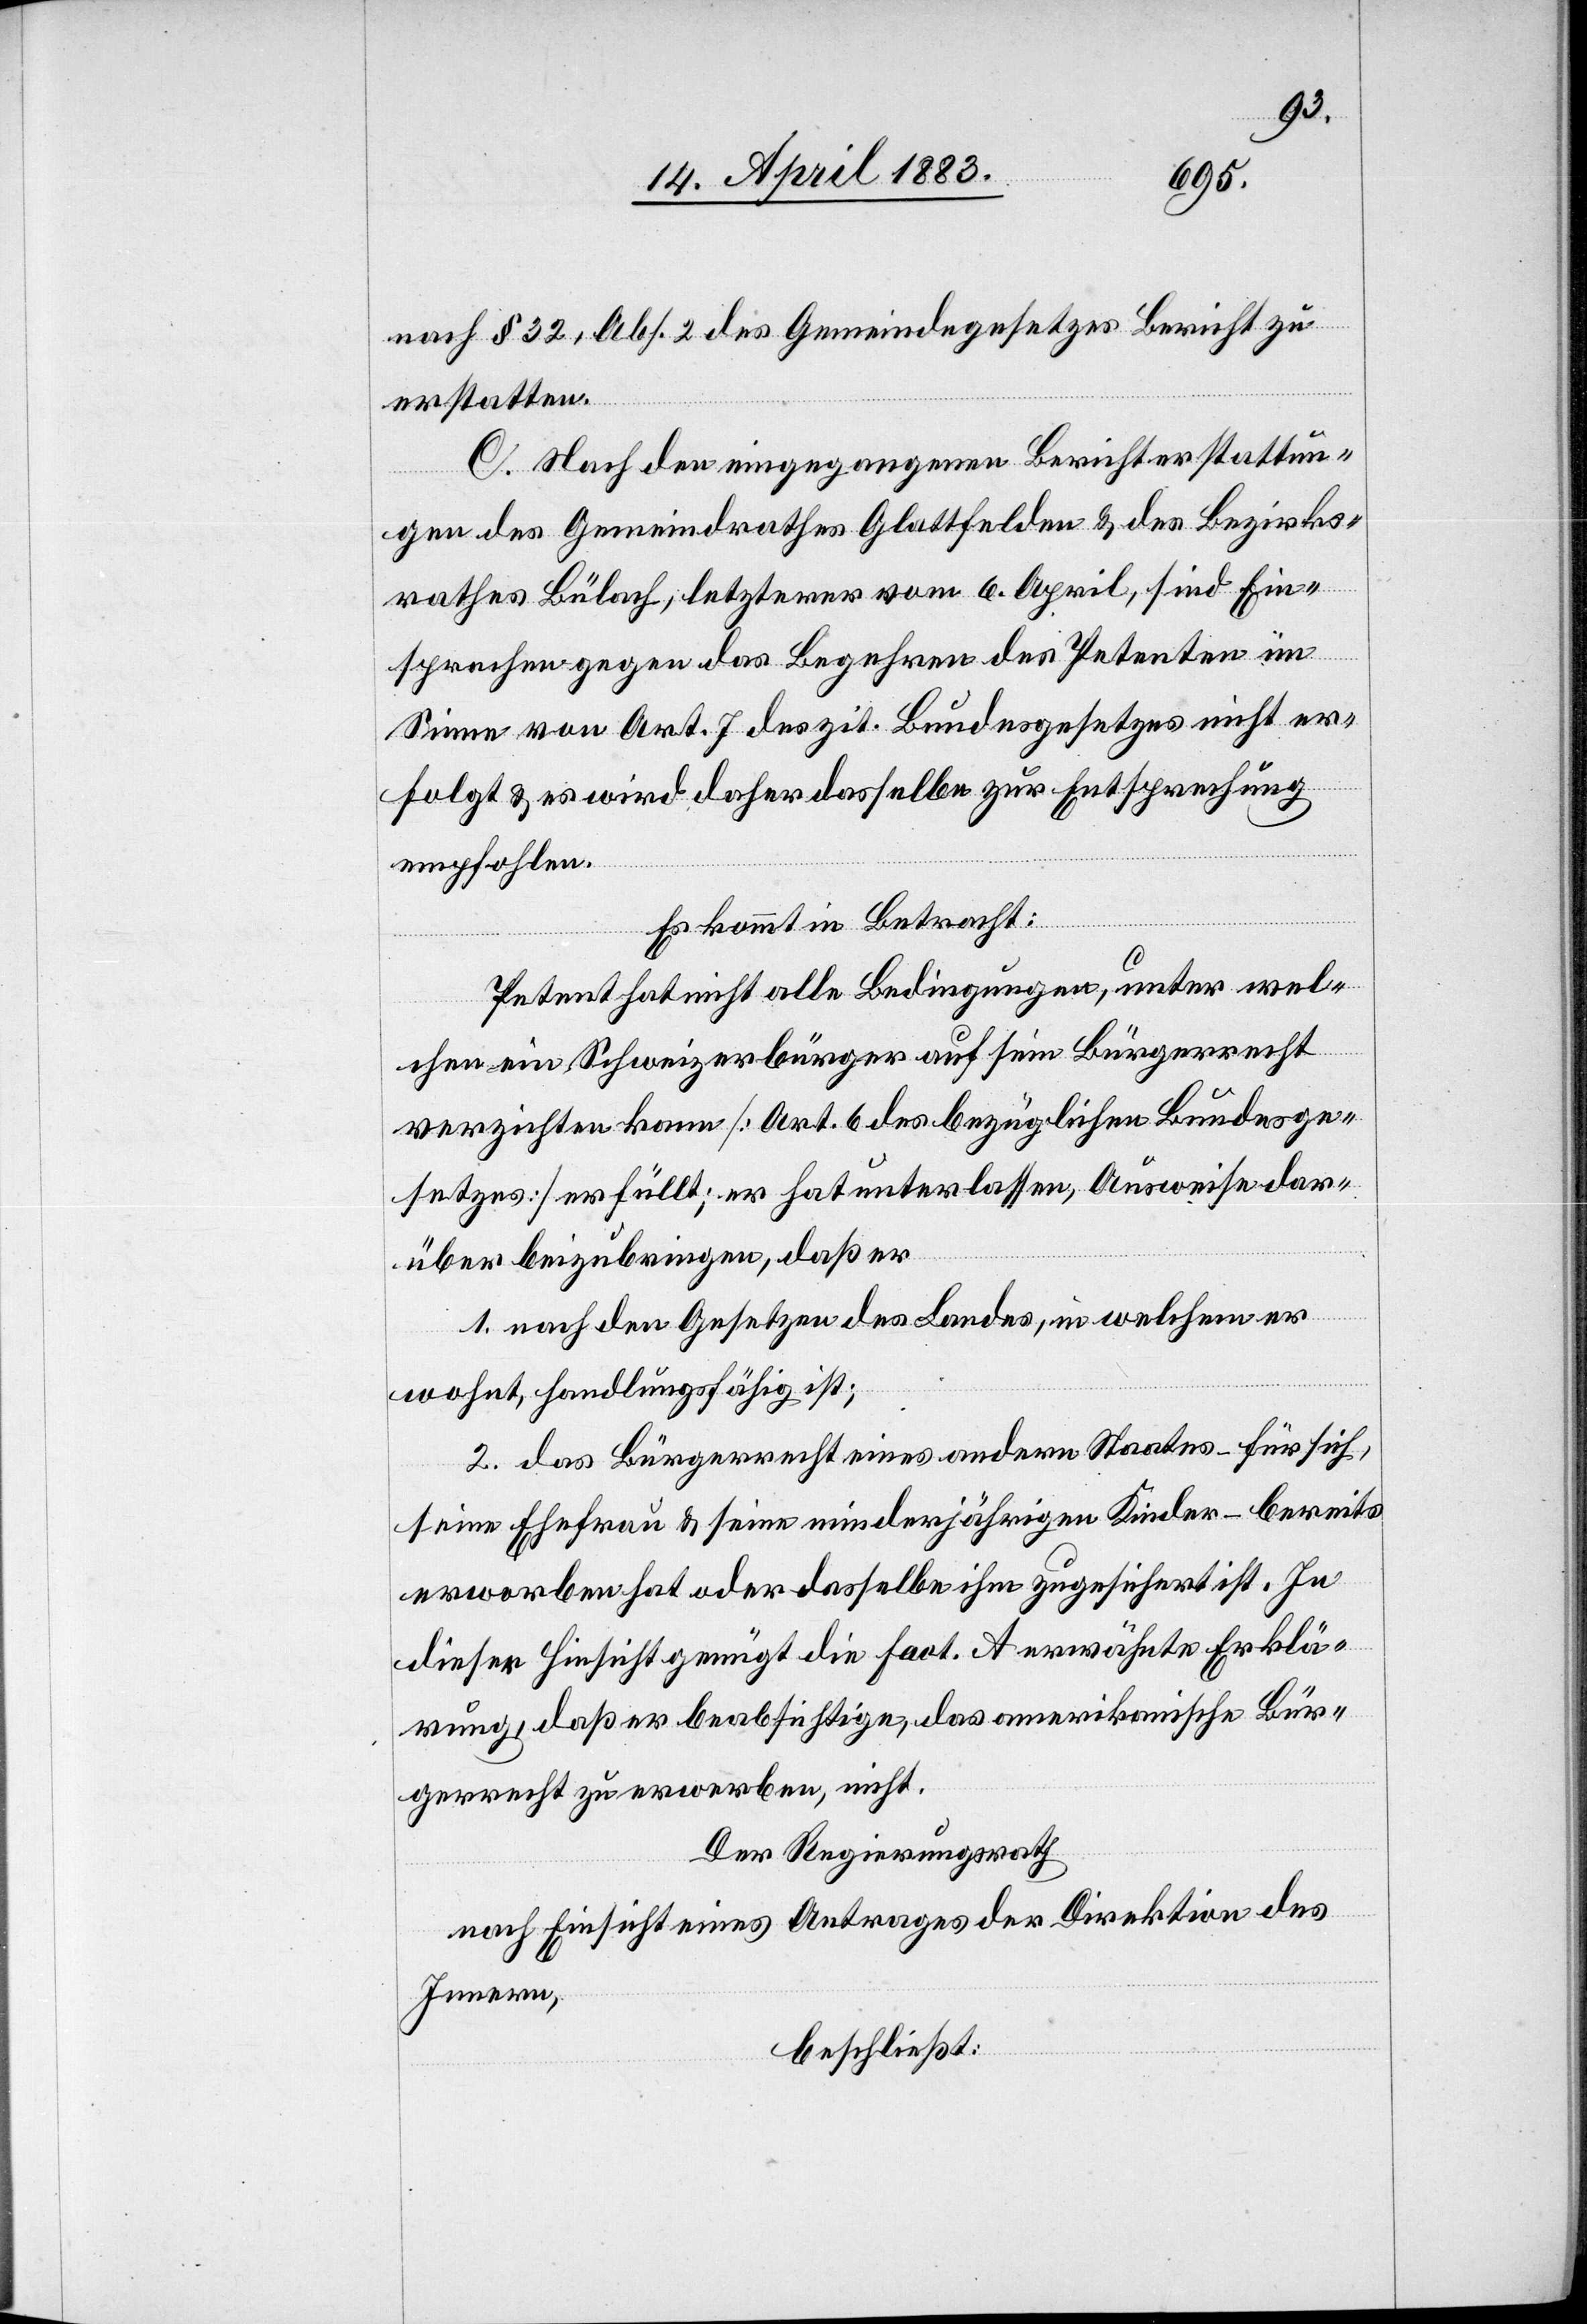
nach § 32, Abs. 2 des Gemeindegesetzes Bericht zu
erstatten.
C. Nach den eingegangenen Berichterstattun¬
gen des Gemeindrathes Glattfelden & des Bezirks¬
rathes Bülach, letzterer vom 6. April, sind Ein¬
sprachen gegen das Begehren des Petenten im
Sinne von Art. 7 des zit. Bundesgesetzes nicht er¬
folgt & es wird daher dasselbe zur Entsprechung
empfohlen.
Es kommt in Betracht:
Petent hat nicht alle Bedingungen, unter wel¬
chen ein Schweizerbürger auf sein Bürgerrecht
verzichten kann [Art. 6 des bezüglichen Bundesge¬
setzes] erfüllt; er hat unterlassen, Ausweise dar¬
über beizubringen, daß er
1. nach den Gesetzen des Landes, in welchem er
wohnt, handlungsfähig ist;
2. das Bürgerrecht eines andern Staates – für sich,
seine Ehefrau & seine minderjährigen Kinder – bereits
erworben hat oder dasselbe ihm zugesichert ist. In
dieser Hinsicht genügt die fact. A erwähnte Erklä¬
rung, daß er beabsichtige, das amerikanische Bür¬
gerrecht zu erwerben, nicht.
Der Regierungsrath
nach Einsicht eines Antrages der Direktion des
Innern,
beschließt: